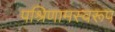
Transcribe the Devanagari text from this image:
पश्रिणामस्वरूप